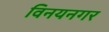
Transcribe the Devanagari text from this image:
विनयनगर